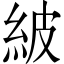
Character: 紴